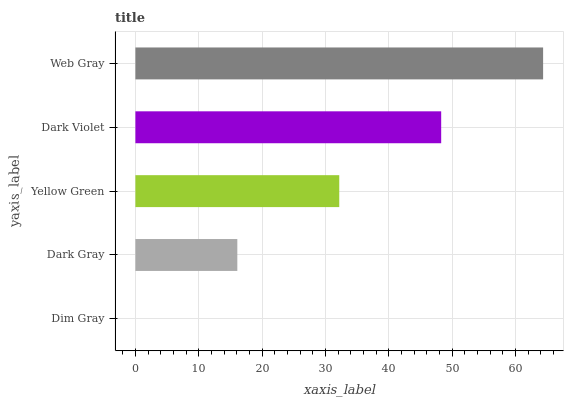
| yaxis_label | bars |
 | --- | --- |
 | Dim Gray | 0 |
 | Dark Gray | 16.1 |
 | Yellow Green | 32.2 |
 | Dark Violet | 48.3 |
 | Web Gray | 64.4 |